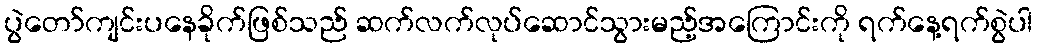
ပွဲတော်ကျင်းပနေခိုက်ဖြစ်သည် ဆက်လက်လုပ်ဆောင်သွားမည့်အကြောင်းကို ရက်နေ့ရက်စွဲပါ